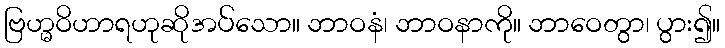
ဗြဟ္မဝိဟာရဟုဆိုအပ်သော။ ဘာဝနံ၊ ဘာဝနာကို။ ဘာဝေတွာ၊ ပွား၍။